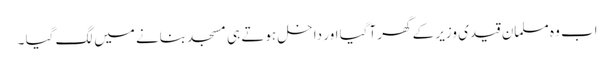
اب وہ مسلمان قیدی وزیر کے گھر آگیا اور داخل ہوتے ہی مسجد بنانے میں لگ گیا ۔